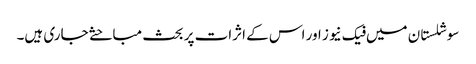
سوشلستان میں فیک نیوز اور اس کے اثرات پر بحث مباحثے جاری ہیں۔